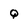
Character: Q